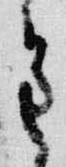
重